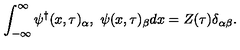
\int _ { - \infty } ^ { \infty } { \psi ^ { \dag } } ( x , \tau ) _ { \alpha } , \ \psi ( x , \tau ) _ { \beta } d x = Z ( \tau ) \delta _ { \alpha \beta } .